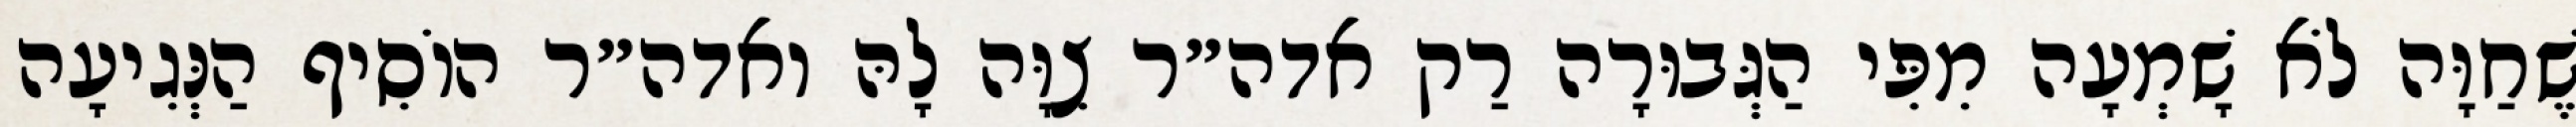
שֶׁחַוָּה לֹא שָׁמְעָה מִפִּי הַגְּבוּרָה רַק אדה״ר צִוָּה לָהּ ואדה״ר הוֹסִיף הַנְּגִיעָה